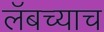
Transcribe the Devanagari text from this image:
लॅबच्याच